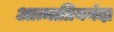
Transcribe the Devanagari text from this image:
आत्माप्रियनंदा